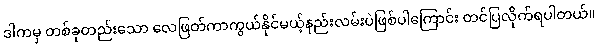
ဒါကမှ တစ်ခုတည်းသော လေဖြတ်ကာကွယ်နိုင်မယ့်နည်းလမ်းပဲဖြစ်ပါကြောင်း တင်ပြလိုက်ရပါတယ်။